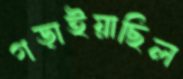
গড়াইয়াছিল